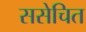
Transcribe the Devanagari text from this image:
ससेचित